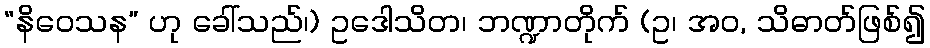
“နိဝေသန” ဟု ခေါ်သည်၊) ဥဒေါသိတ၊ ဘဏ္ဍာတိုက် (ဥ၊ အဝ, သိဓာတ်ဖြစ်၍